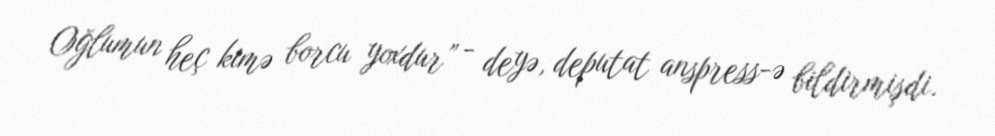
Oğlumun heç kimə borcu yoxdur” - deyə, deputat anspress-ə bildirmişdi.